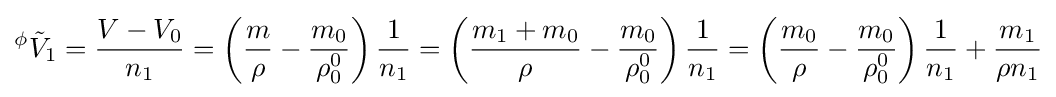
{}^{\phi }{\tilde {V}}_{1}={\frac {V-V_{0}}{n_{1}}}=\left({\frac {m}{\rho }}-{\frac {m_{0}}{\rho _{0}^{0}}}\right){\frac {1}{n_{1}}}=\left({\frac {m_{1}+m_{0}}{\rho }}-{\frac {m_{0}}{\rho _{0}^{0}}}\right){\frac {1}{n_{1}}}=\left({\frac {m_{0}}{\rho }}-{\frac {m_{0}}{\rho _{0}^{0}}}\right){\frac {1}{n_{1}}}+{\frac {m_{1}}{\rho n_{1}}}